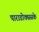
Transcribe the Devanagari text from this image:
पाराडोक्ससके